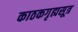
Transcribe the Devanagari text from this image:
काठकगृह्यसूत्र